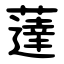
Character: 薘